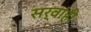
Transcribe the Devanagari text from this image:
सर्वांही